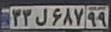
۳۳ل۶۸۷۹۹